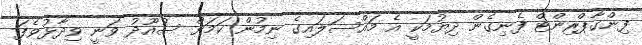
ފިންގާޕްރިންޓް ފެނިގެން ދިޔުމަކީ އެ މައްސަލައިގެ ނިމުން ކަމަށް ސުއޫދު ވަނީ ވިދާޅުވެފަ